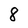
Character: 8